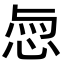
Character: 𢚎